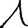
Digit: 1